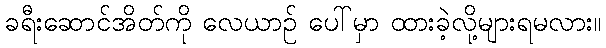
ခရီးဆောင်အိတ်ကို လေယာဉ် ပေါ်မှာ ထားခဲ့လို့များရမလား။